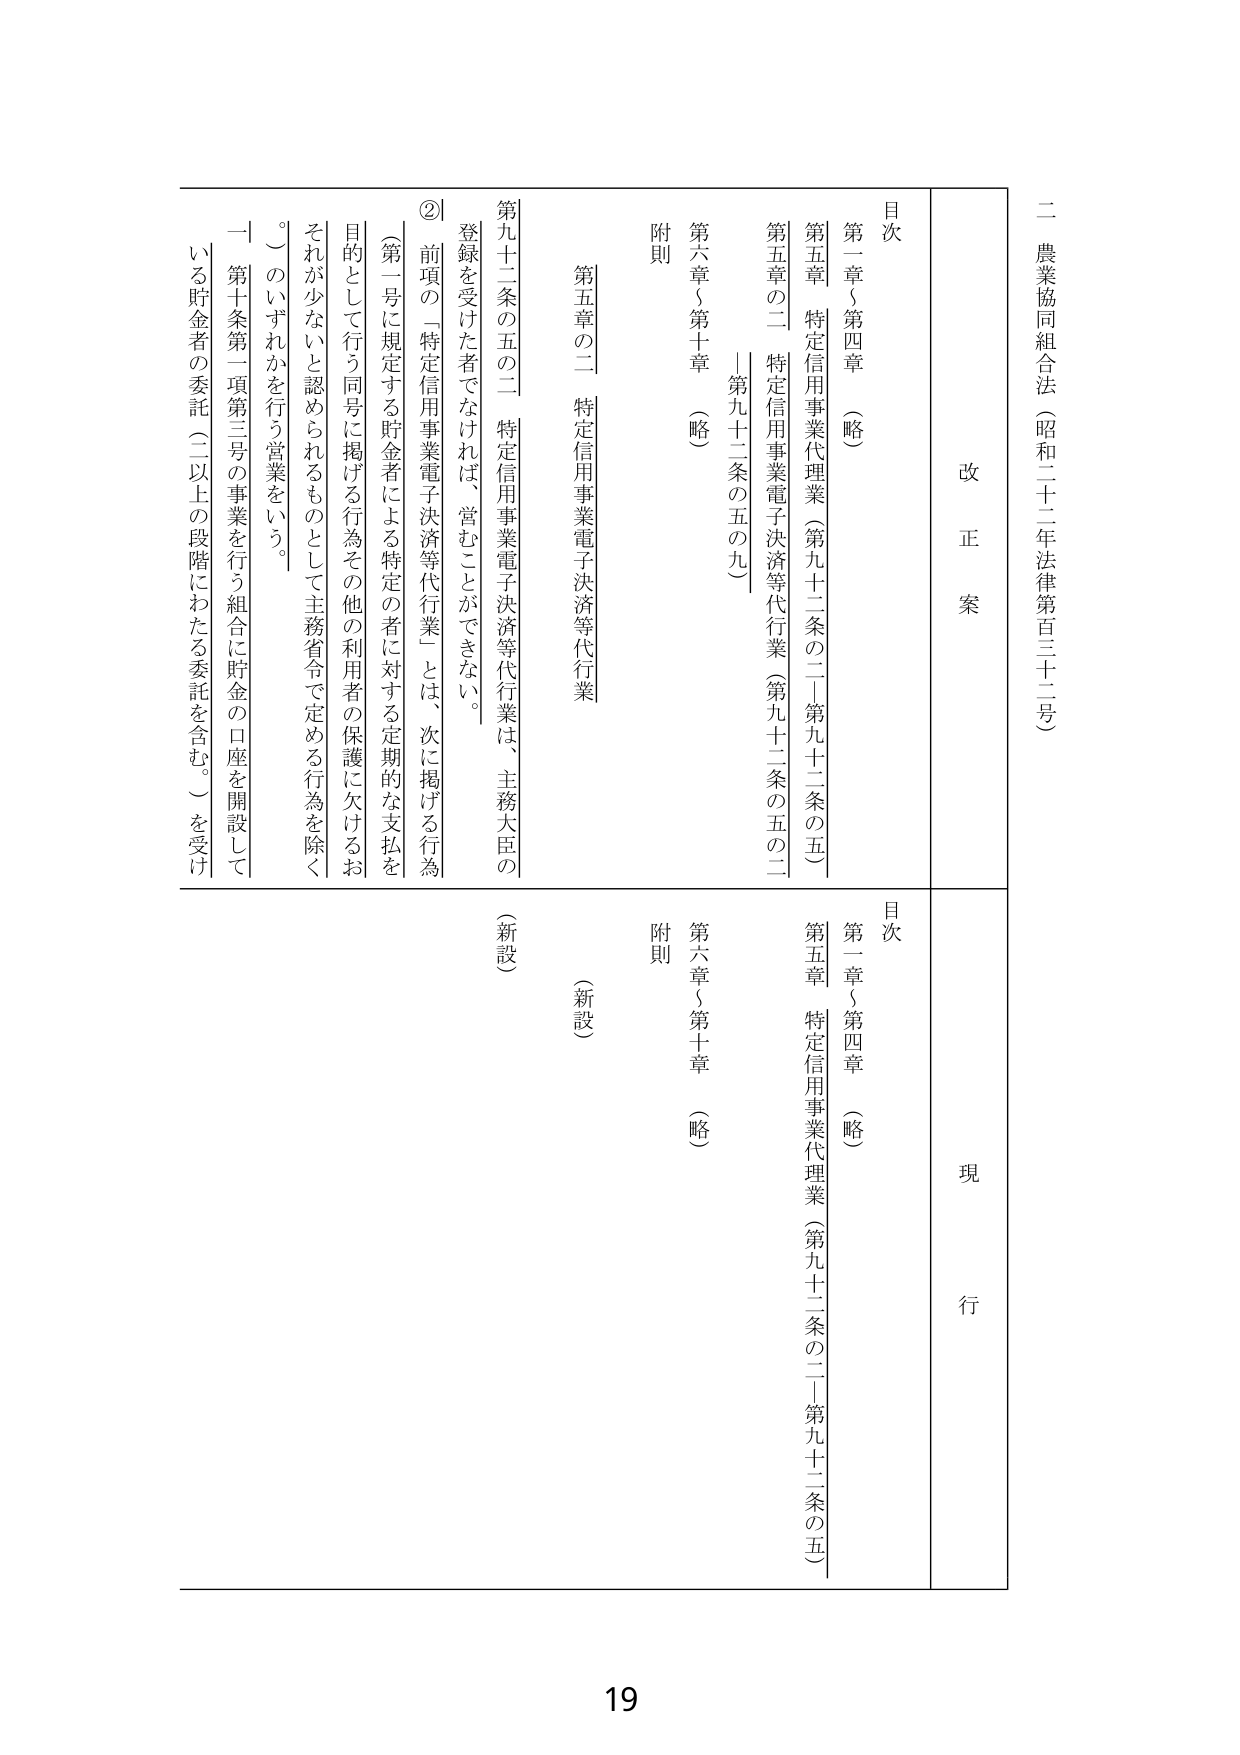
二 農業協同組合法（昭和二十二年法律第百三十二号）

改正案

目次
第一章～第四章 （略）
第五章「特定信用事業代理業（第九十二条の二～第九十二条の五）」
第五章の二「特定信用事業電子決済等代行業（第九十二条の五の二～第九十二条の五の九）」
第六章～第十章 （略）
附則

第九十二条の五の二 特定信用事業電子決済等代行業は、主務大臣の登録を受けた者でなければ、営むことができない。

② 前項の「特定信用事業電子決済等代行業」とは、次に掲げる行為（第一号に規定する貯金者による特定の者に対する定期的な支払を目的として行う同号に掲げる行為その他利用者の保護に欠けるおそれがないと認められるものとして主務省令で定める行為を除く。）のいずれかを行う営業をいう。
一 第十条第一項第三号の事業を行う組合に貯金の口座を開設している貯金者の委託（二以上の段階にわたる委託を含む。）を受け

現行

目次
第一章～第四章 （略）
第五章「特定信用事業代理業（第九十二条の二～第九十二条の五）」
第六章～第十章 （略）
附則

（新設）
（新設）

19